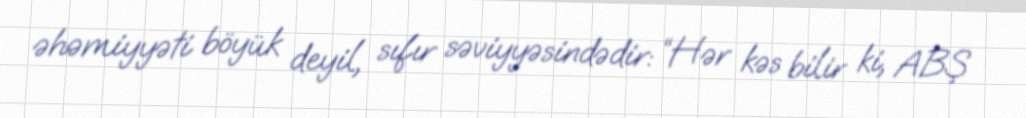
əhəmiyyəti böyük deyil, sıfır səviyyəsindədir: “Hər kəs bilir ki, ABŞ